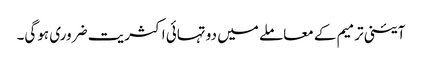
آئینی ترمیم کے معاملے میں دو تہائی اکثریت ضروری ہوگی۔